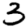
Digit: 3